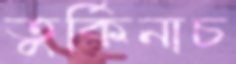
তুর্কিনাচ